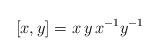
LaTeX: \begin{align*}[x,y]=x\,y\,x^{-1}y^{-1}\end{align*}